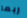
ربما